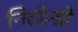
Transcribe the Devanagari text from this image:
निटोन्डो